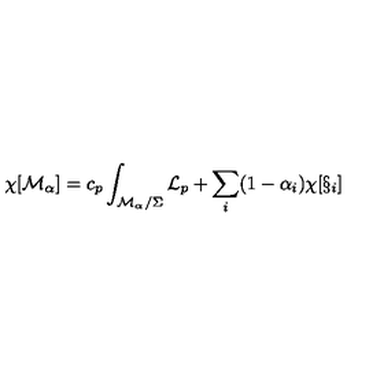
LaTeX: \chi [ { \cal M } _ { \alpha } ] = c _ { p } \int _ { { \cal M } _ { \alpha } / \Sigma } { \cal L } _ { p } + \sum _ { i } ( 1 - \alpha _ { i } ) \chi [ \S _ { i } ]